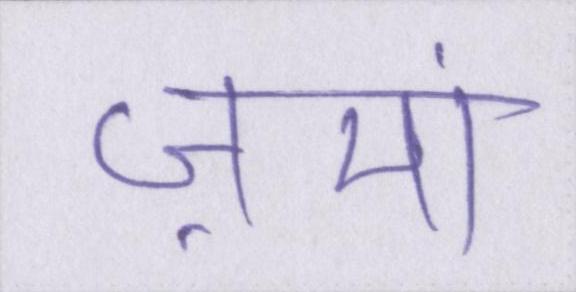
ज़मां